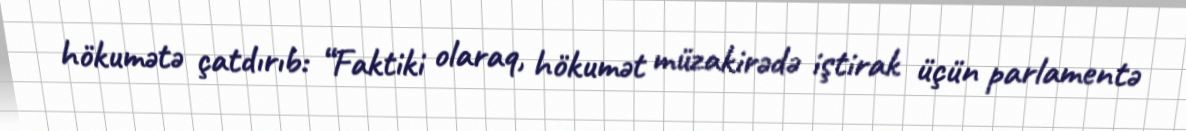
hökumətə çatdırıb: “Faktiki olaraq, hökumət müzakirədə iştirak üçün parlamentə